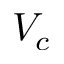
V _ { c }